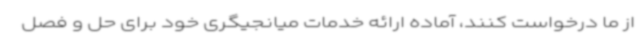
از ما درخواست کنند، آماده ارائه خدمات میانجیگری خود برای حل و فصل